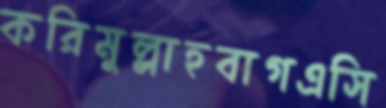
করিমুল্লাহবাগএসি